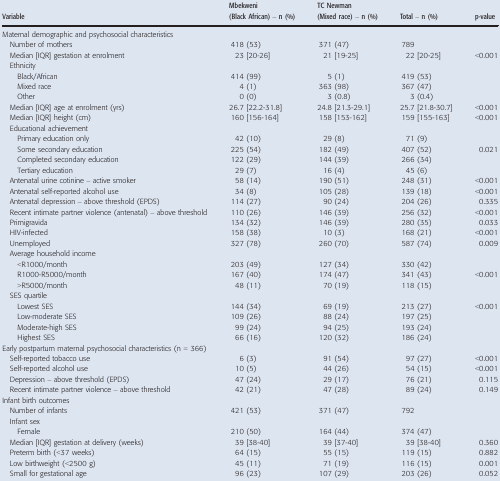
<table><thead><tr><td><b>Variable</b></td><td><b>Mbekweni (Black African) – n (%)</b></td><td><b>TC Newman (Mixed race) – n (%)</b></td><td><b>Total – n (%)</b></td><td><b>p‐value</b></td></tr></thead><tbody><tr><td colspan="5">Maternal demographic and psychosocial characteristics</td></tr><tr><td>Number of mothers</td><td>418 (53)</td><td>371 (47)</td><td>789</td><td></td></tr><tr><td>Median [IQR] gestation at enrolment</td><td>23 [20‐26]</td><td>21 [19‐25]</td><td>22 [20‐25]</td><td>&lt;0.001</td></tr><tr><td colspan="5">Ethnicity</td></tr><tr><td>Black/African</td><td>414 (99)</td><td>5 (1)</td><td>419 (53)</td><td></td></tr><tr><td>Mixed race</td><td>4 (1)</td><td>363 (98)</td><td>367 (47)</td><td></td></tr><tr><td>Other</td><td>0 (0)</td><td>3 (0.8)</td><td>3 (0.4)</td><td></td></tr><tr><td>Median [IQR] age at enrolment (yrs)</td><td>26.7 [22.2‐31.8]</td><td>24.8 [21.3‐29.1]</td><td>25.7 [21.8‐30.7]</td><td>&lt;0.001</td></tr><tr><td>Median [IQR] height (cm)</td><td>160 [156‐164]</td><td>158 [153‐162]</td><td>159 [155‐163]</td><td>&lt;0.001</td></tr><tr><td colspan="5">Educational achievement</td></tr><tr><td>Primary education only</td><td>42 (10)</td><td>29 (8)</td><td>71 (9)</td><td></td></tr><tr><td>Some secondary education</td><td>225 (54)</td><td>182 (49)</td><td>407 (52)</td><td>0.021</td></tr><tr><td>Completed secondary education</td><td>122 (29)</td><td>144 (39)</td><td>266 (34)</td><td></td></tr><tr><td>Tertiary education</td><td>29 (7)</td><td>16 (4)</td><td>45 (6)</td><td></td></tr><tr><td>Antenatal urine cotinine – active smoker</td><td>58 (14)</td><td>190 (51)</td><td>248 (31)</td><td>&lt;0.001</td></tr><tr><td>Antenatal self‐reported alcohol use</td><td>34 (8)</td><td>105 (28)</td><td>139 (18)</td><td>&lt;0.001</td></tr><tr><td>Antenatal depression – above threshold (EPDS)</td><td>114 (27)</td><td>90 (24)</td><td>204 (26)</td><td>0.335</td></tr><tr><td>Recent intimate partner violence (antenatal) – above threshold</td><td>110 (26)</td><td>146 (39)</td><td>256 (32)</td><td>&lt;0.001</td></tr><tr><td>Primigravida</td><td>134 (32)</td><td>146 (39)</td><td>280 (35)</td><td>0.033</td></tr><tr><td>HIV‐infected</td><td>158 (38)</td><td>10 (3)</td><td>168 (21)</td><td>&lt;0.001</td></tr><tr><td>Unemployed</td><td>327 (78)</td><td>260 (70)</td><td>587 (74)</td><td>0.009</td></tr><tr><td colspan="5">Average household income</td></tr><tr><td>&lt;R1000/month</td><td>203 (49)</td><td>127 (34)</td><td>330 (42)</td><td></td></tr><tr><td>R1000‐R5000/month</td><td>167 (40)</td><td>174 (47)</td><td>341 (43)</td><td>&lt;0.001</td></tr><tr><td>&gt;R5000/month</td><td>48 (11)</td><td>70 (19)</td><td>118 (15)</td><td></td></tr><tr><td colspan="5">SES quartile</td></tr><tr><td>Lowest SES</td><td>144 (34)</td><td>69 (19)</td><td>213 (27)</td><td>&lt;0.001</td></tr><tr><td>Low‐moderate SES</td><td>109 (26)</td><td>88 (24)</td><td>197 (25)</td><td></td></tr><tr><td>Moderate‐high SES</td><td>99 (24)</td><td>94 (25)</td><td>193 (24)</td><td></td></tr><tr><td>Highest SES</td><td>66 (16)</td><td>120 (32)</td><td>186 (24)</td><td></td></tr><tr><td colspan="5">Early postpartum maternal psychosocial characteristics (n = 366)</td></tr><tr><td>Self‐reported tobacco use</td><td>6 (3)</td><td>91 (54)</td><td>97 (27)</td><td>&lt;0.001</td></tr><tr><td>Self‐reported alcohol use</td><td>10 (5)</td><td>44 (26)</td><td>54 (15)</td><td>&lt;0.001</td></tr><tr><td>Depression – above threshold (EPDS)</td><td>47 (24)</td><td>29 (17)</td><td>76 (21)</td><td>0.115</td></tr><tr><td>Recent intimate partner violence – above threshold</td><td>42 (21)</td><td>47 (28)</td><td>89 (24)</td><td>0.149</td></tr><tr><td colspan="5">Infant birth outcomes</td></tr><tr><td>Number of infants</td><td>421 (53)</td><td>371 (47)</td><td>792</td><td></td></tr><tr><td colspan="5">Infant sex</td></tr><tr><td>Female</td><td>210 (50)</td><td>164 (44)</td><td>374 (47)</td><td></td></tr><tr><td>Median [IQR] gestation at delivery (weeks)</td><td>39 [38‐40]</td><td>39 [37‐40]</td><td>39 [38‐40]</td><td>0.360</td></tr><tr><td>Preterm birth (&lt;37 weeks)</td><td>64 (15)</td><td>55 (15)</td><td>119 (15)</td><td>0.882</td></tr><tr><td>Low birthweight (&lt;2500 g)</td><td>45 (11)</td><td>71 (19)</td><td>116 (15)</td><td>0.001</td></tr><tr><td>Small for gestational age</td><td>96 (23)</td><td>107 (29)</td><td>203 (26)</td><td>0.052</td></tr></tbody></table>